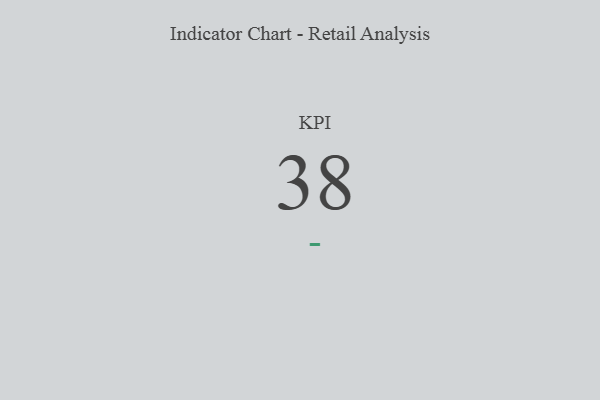
{"axis": {"x": "KPI", "y": "Value"}, "legend": [""], "data": [{"x": "KPI", "y": 38, "type": ""}]}